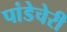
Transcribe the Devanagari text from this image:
पांडेचेरी